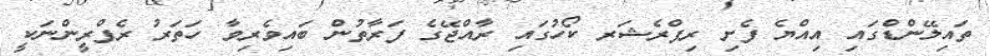
ތައިލޭންޑްގައި އިއްޔެ ފެށި ރިފްރެޝަރ ކޯހުގައި ރާއްޖޭގެ ފަރާތުން ބައިވެރިވާ ހަތަރު ރެފްރީންނަކީ